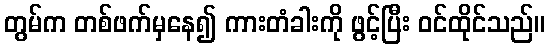
တွမ်က တစ်ဖက်မှနေ၍ ကားတံခါးကို ဖွင့်ပြီး ဝင်ထိုင်သည်။